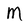
Character: M